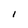
Character: l